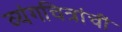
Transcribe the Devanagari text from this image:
व्यंगचित्रांचीं